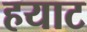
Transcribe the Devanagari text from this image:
हयाट